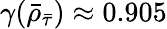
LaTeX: \gamma(\bar{\rho}_{\bar{\tau}})\approx 0.905